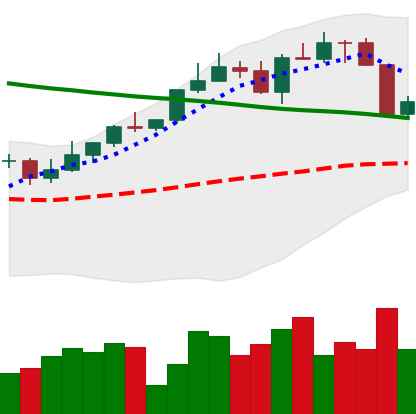
Ticker: ETH-USD
Chart end date: 2022-04-07
Forward return: -6.275%
Label: down_5_7